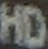
HD